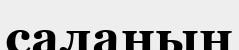
саланың